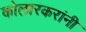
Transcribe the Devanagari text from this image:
कोलारकरांनी